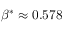
\beta ^ { * } \approx 0 . 5 7 8